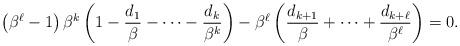
LaTeX: \begin{align*}\left(\beta^\ell-1\right)\beta^{k}\left(1-\frac{d_1}{\beta}-\cdots-\frac{d_k}{\beta^{k}}\right)-\beta^{\ell}\left(\frac{d_{k+1}}{\beta}+\cdots+\frac{d_{k+\ell}}{\beta^{\ell}}\right)=0.\end{align*}